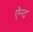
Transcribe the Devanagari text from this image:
ऐन्द